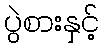
ပွဲစားနှင့်